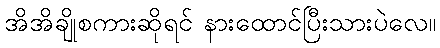
အိအိချိုစကားဆိုရင် နားထောင်ပြီးသားပဲလေ။